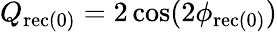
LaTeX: Q_{\mathrm{{rec(0)}}}=2\cos(2\phi_{\mathrm{{rec(0)}}})